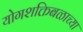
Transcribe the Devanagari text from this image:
योगशक्तिबळाच्या